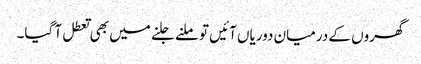
گھروں کے درمیان دوریاں آئیں تو ملنے جلنے میں بھی تعطل آ گیا۔